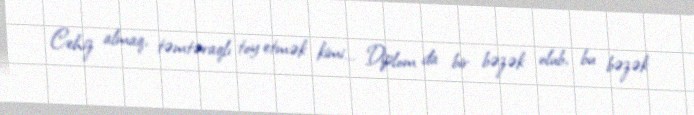
Cehiz almaq, təmtəraqlı toy etmək kimi... Diplom da bir bəzək olub, bu bəzək